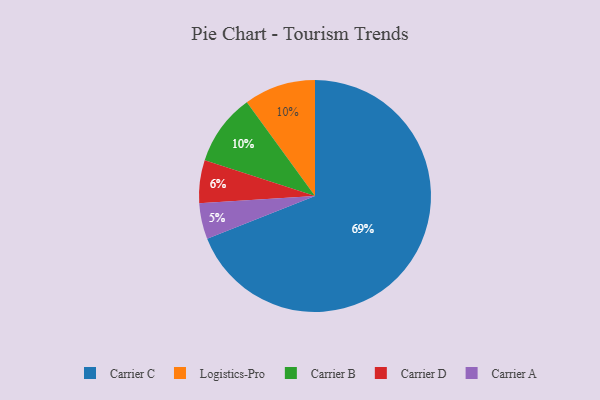
{"axis": {"x": "Category", "y": "Percentage"}, "legend": ["Carrier A", "Carrier B", "Carrier C", "Carrier D", "Logistics-Pro"], "data": [{"x": "Logistics-Pro", "y": 10, "type": "Logistics-Pro"}, {"x": "Carrier B", "y": 10, "type": "Carrier B"}, {"x": "Carrier C", "y": 69, "type": "Carrier C"}, {"x": "Carrier A", "y": 5, "type": "Carrier A"}, {"x": "Carrier D", "y": 6, "type": "Carrier D"}]}